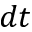
d t